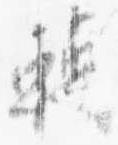
転